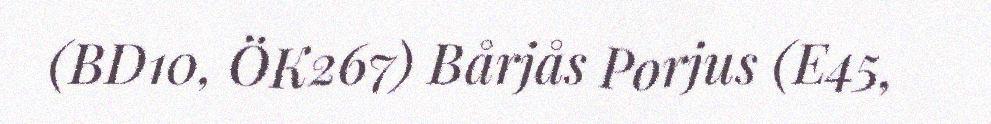
(BD10, ÖK267) Bårjås Porjus (E45,